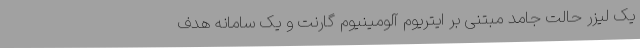
یک لیزر حالت جامد مبتنی بر ایتریوم آلومینیوم گارنت و یک سامانه هدف